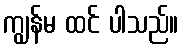
ကျွန်မ ထင် ပါသည်။